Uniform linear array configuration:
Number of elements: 8
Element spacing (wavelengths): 0.25
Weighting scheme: hann
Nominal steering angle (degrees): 15
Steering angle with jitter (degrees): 14.52
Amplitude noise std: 0.05
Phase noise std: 0.05

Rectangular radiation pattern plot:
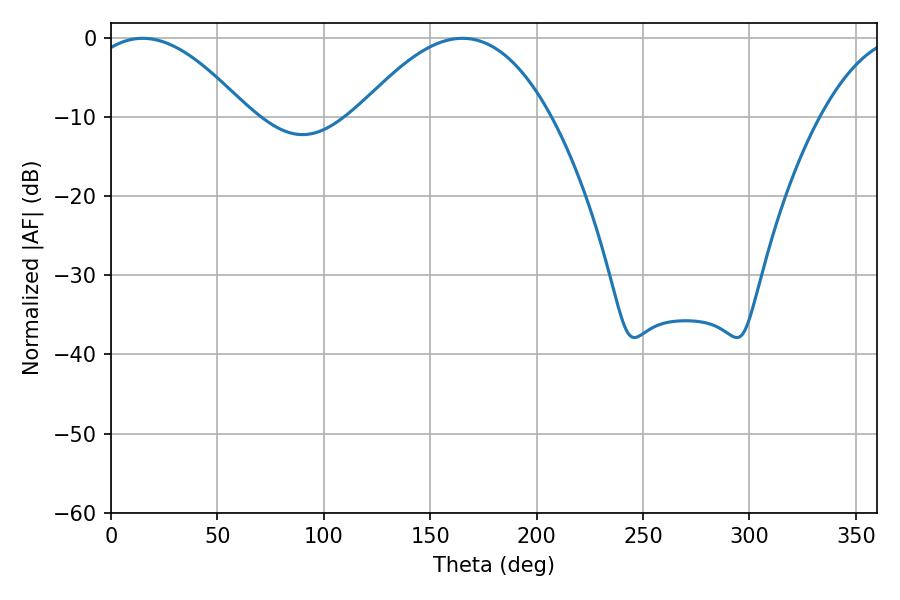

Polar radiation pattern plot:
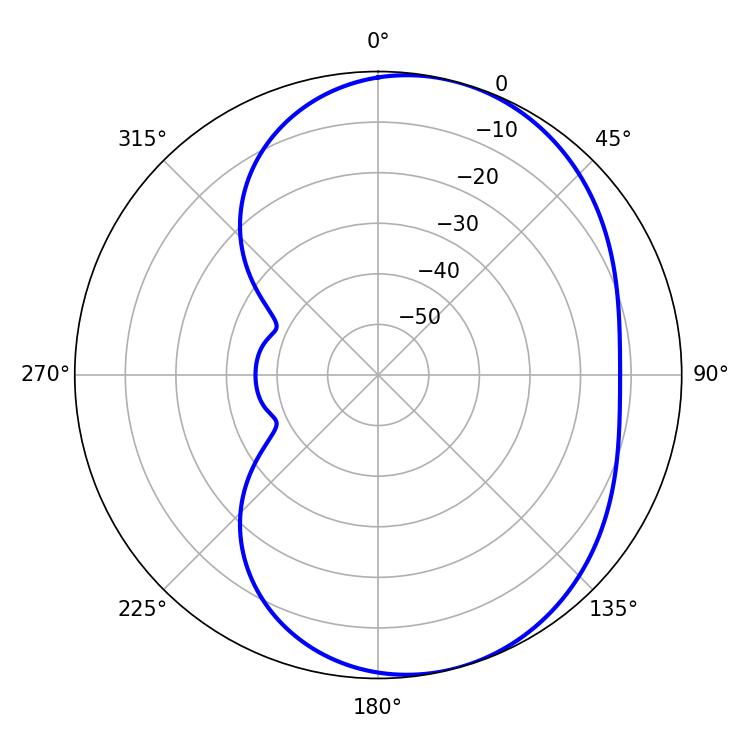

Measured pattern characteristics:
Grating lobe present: FALSE
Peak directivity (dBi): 5.474
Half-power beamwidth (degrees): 41.04
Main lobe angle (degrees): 14.94